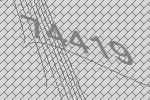
74419